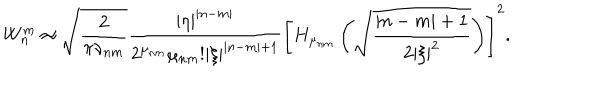
LaTeX: W _ { n } ^ { m } \approx \sqrt { \frac 2 { \pi \nu _ { n m } } } \frac { | \eta | ^ { | n - m | } } { 2 ^ { \mu _ { n m } } \mu _ { n m } ! | \xi | ^ { | n - m | + 1 } } \left[ H _ { \mu _ { n m } } \left( \sqrt { \frac { | n - m | + 1 } { 2 | \xi | ^ { 2 } } } \right) \right] ^ { 2 } .